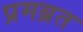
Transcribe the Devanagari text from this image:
प्रमब्रत